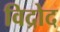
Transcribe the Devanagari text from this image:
विद्रोद